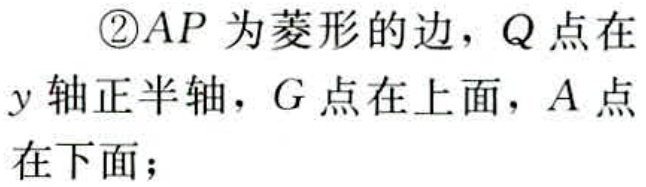
\textcircled{2}$AP$为菱形的边，$Q$点在$y$轴正半轴，$G$点在上面，$A$点在下面；